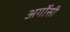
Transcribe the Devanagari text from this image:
अर्गोसी